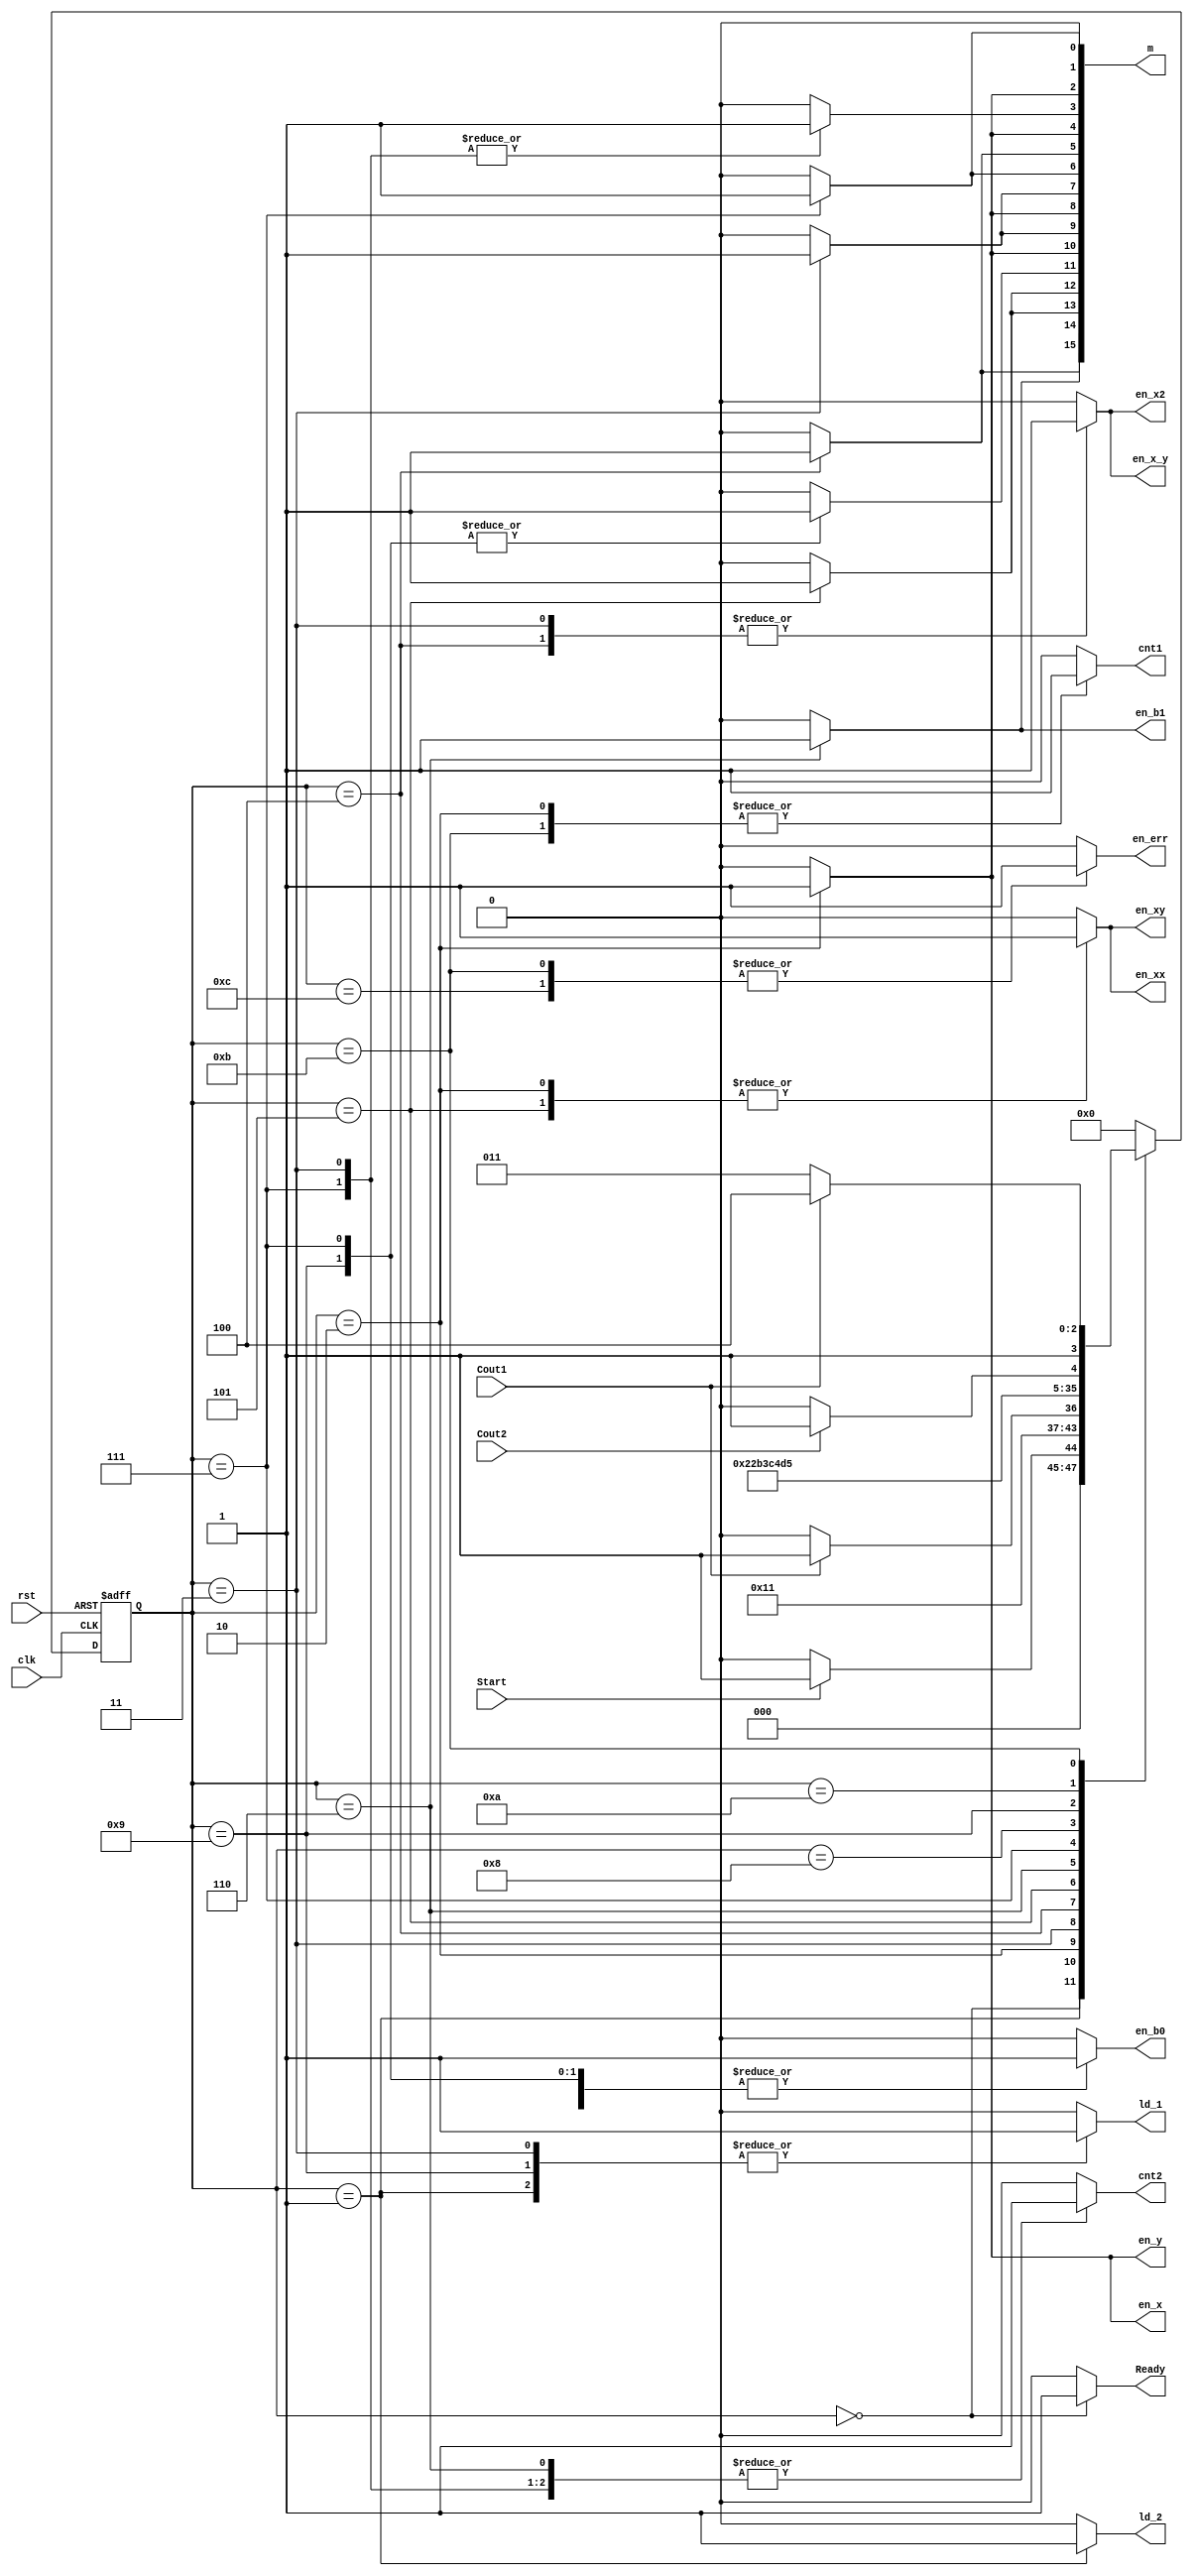
//Controller Verilog
module Controller(input clk, rst, Start, Cout1, Cout2, output reg [15:0] m, output reg Ready, en_x2, en_xx, en_xy, en_x, en_y, en_x_y, en_b0, en_b1, en_err, ld_1, ld_2, cnt1, cnt2);
	reg [3:0] nstate, pstate;
	
	parameter [3:0] idle = 0, read = 1, cal = 2, mult1 = 3, div1 = 4, sub1 = 5, div2 = 6, mult2 = 7, sub2 = 8, div3 = 9, err_init = 10, err = 11, final_err = 12, finish = 13;
	always @(pstate, Start, Cout1, Cout2) begin
		nstate = 0;
		m = 16'b0; Ready = 1'b0; en_x2 = 1'b0; en_xx = 1'b0; en_xy = 1'b0; en_x = 1'b0; en_y = 1'b0; en_x_y = 1'b0; en_b0 = 1'b0; en_b1 = 1'b0; en_err = 1'b0; ld_1 = 1'b0; ld_2 = 1'b0; cnt1 = 1'b0; cnt2 = 1'b0;
		case(pstate)
			idle: begin nstate = Start ? read : idle; Ready = 1'b1; end
			read: begin nstate = cal; ld_1 = 1'b1; ld_2 = 1'b1; end
			cal: begin nstate = Cout1 ? mult1 : cal; cnt1 = 1'b1; en_x = 1'b1; en_y = 1'b1; en_xy = 1'b1; en_xx = 1'b1; m[10] = 1'b1; m[8] = 1'd1; m[4] = 1'b1; m[2] = 1'b1; end
			mult1: begin nstate = div1; cnt2 = 1'b1; en_x2 = 1'b1; en_x_y = 1'b1; m[3] = 1'b1; m[7] = 1'b1; m[9] = 1'b1; ld_1 = 1'b1; end
			div1: begin nstate = sub1; cnt2 = 1'b1; en_x2 = 1'b1; en_x_y = 1'b1; m[15] = 1'b1; m[5] = 1'b1; end
			sub1: begin nstate = div2; cnt2 = 1'b1; en_xx = 1'b1; en_xy = 1'b1; m[13] = 1'b1; m[12] = 1'b1; end
			div2: begin nstate = mult2; cnt2 =1'b1; en_b1 = 1'b1; m[14] = 1'b1; end
			mult2: begin nstate = sub2; cnt2 = 1'b1; en_b0 = 1'b1; m[1] = 1'b1; m[3] = 1'b1; m[6] = 1'b1; m[11] = 1'b1; end
			sub2: begin nstate = div3; cnt2 = 1'b1; en_b0 = 1'b1; end
			div3: begin nstate = err_init; cnt2 = 1'b1; en_b0 = 1'b1; m[11] = 1'b1; ld_1 = 1'b1; end
			err_init: begin nstate = Cout2 ? err : err_init; cnt2 = 1'b1; end
			err: begin nstate = Cout1 ? final_err : err; cnt1 = 1'b1; en_err = 1'b1; end
			final_err: begin nstate = idle; en_err = 1'b1; end
			default: nstate = idle;
		endcase
	end
	always @(posedge clk, posedge rst) begin
		if(rst)
			pstate <= idle;
		else
			pstate <= nstate;
	end
endmodule